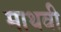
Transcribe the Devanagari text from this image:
माथवी